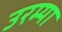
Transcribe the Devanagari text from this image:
उरम्या